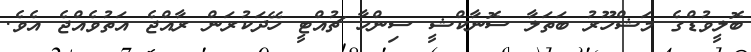
ބޮލީވުޑްގެ މަޝްހޫރު ބަތަލާ ސޮނާކްޝީ ސިންހާ ޗުއްޓީ ހޭދަކުރަން ރާއްޖެ އަތުވެއްޖެ އެވެ.